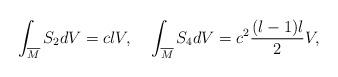
LaTeX: \begin{align*} \int_{\overline{M}}S_{2}dV=cl V, \;\;\;\; \int_{\overline{M}}S_{4}dV=c^{2}\frac{(l-1)l}{2}V, \end{align*}